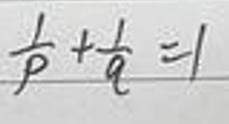
\frac{1}{p}+\frac{1}{q}=1